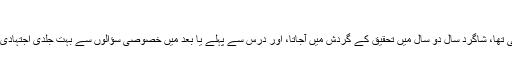
شاگردوں کو اجتهادی راستے کی سہولت
کیونکہ استاد کا درس اور تدریس کا طریقہ تحقیقی تها، شاگرد سال دو سال میں تحقیق کے گردش میں آجاتا، اور درس سے پہلے یا بعد میں خصوصی سؤالوں سے بہت جلدی اجتہادی راستے کی تشخیص کرکے اس پرگامزن ہوجاتا۔